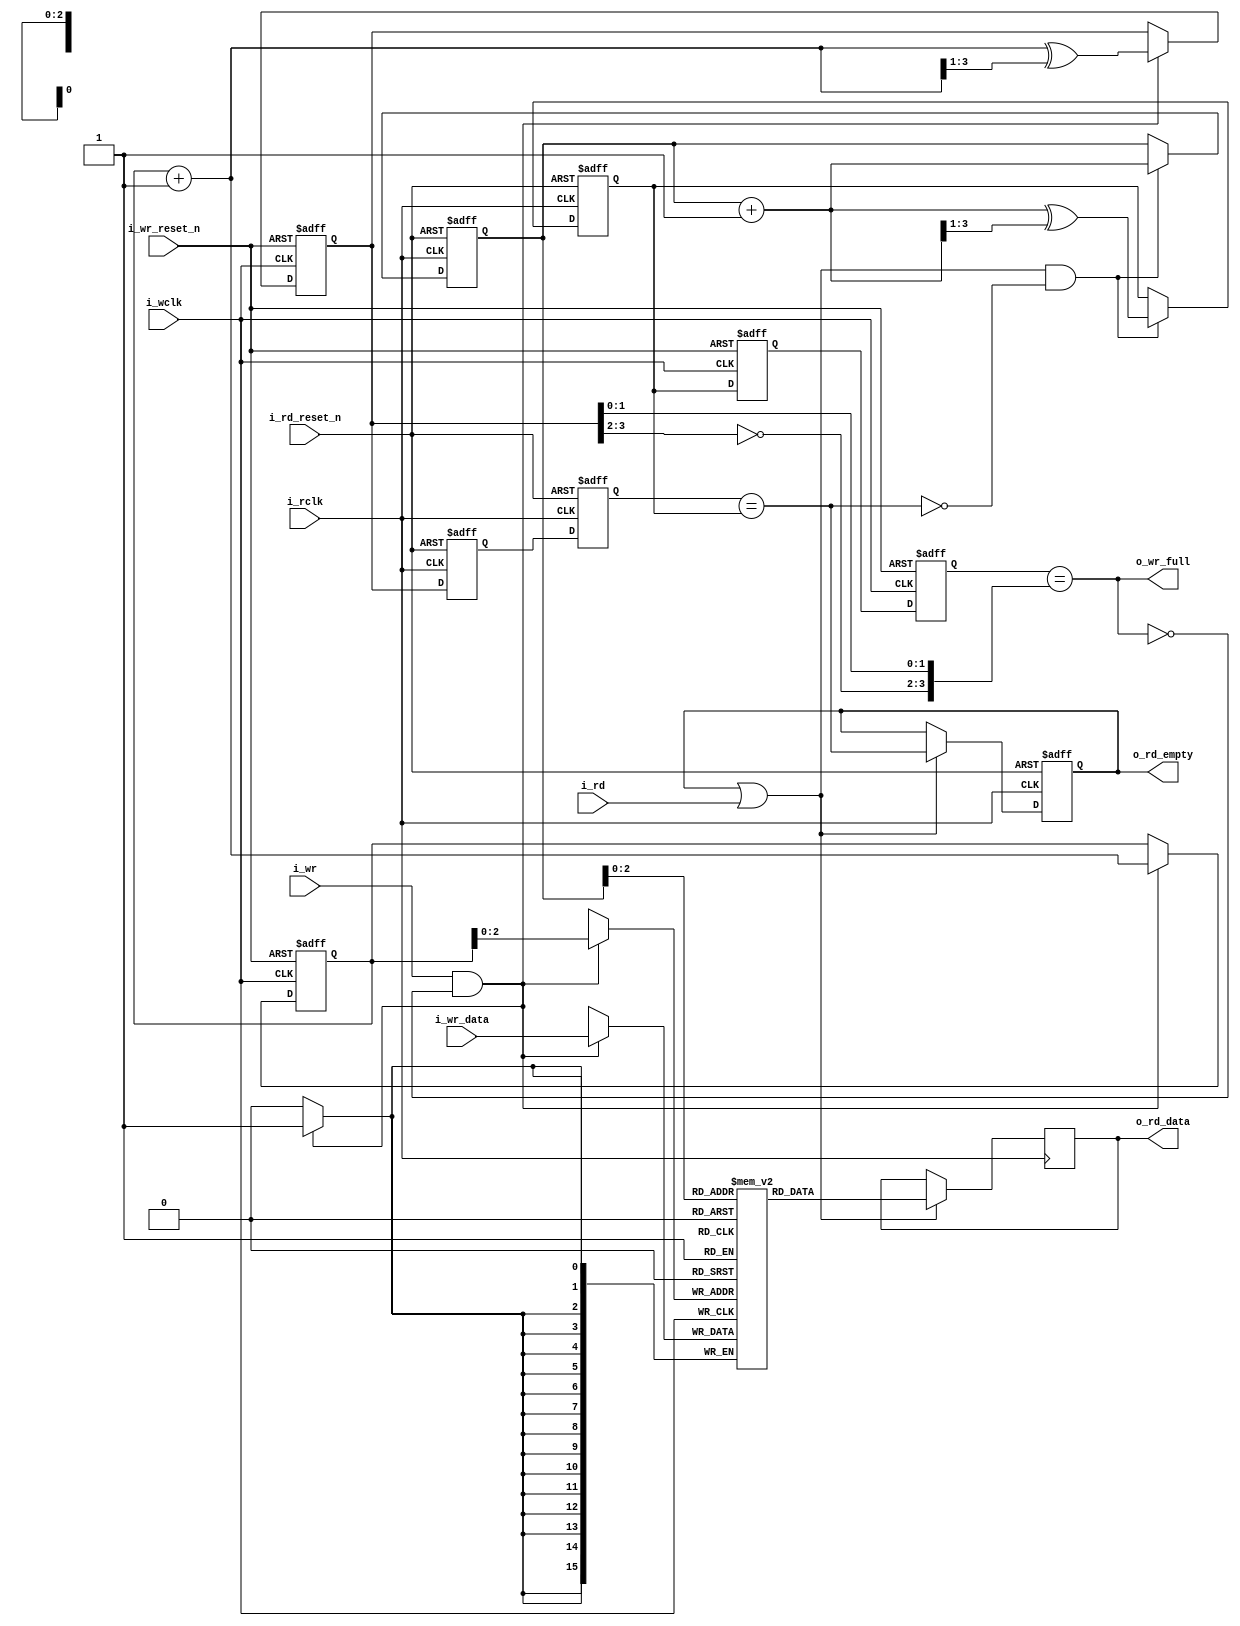
////////////////////////////////////////////////////////////////////////////////
//
// {{{
// Project:	WB2AXIPSP: bus bridges and other odds and ends
//
// Purpose:	A basic asynchronous FIFO.
//
// Creator:	Dan Gisselquist, Ph.D.
//		Gisselquist Technology, LLC
//
////////////////////////////////////////////////////////////////////////////////
// }}}
// Copyright (C) 2019-2024, Gisselquist Technology, LLC
// {{{
// This file is part of the WB2AXIP project.
//
// The WB2AXIP project contains free software and gateware, licensed under the
// Apache License, Version 2.0 (the "License").  You may not use this project,
// or this file, except in compliance with the License.  You may obtain a copy
// of the License at
//
//	http://www.apache.org/licenses/LICENSE-2.0
//
// Unless required by applicable law or agreed to in writing, software
// distributed under the License is distributed on an "AS IS" BASIS, WITHOUT
// WARRANTIES OR CONDITIONS OF ANY KIND, either express or implied.  See the
// License for the specific language governing permissions and limitations
// under the License.
//
////////////////////////////////////////////////////////////////////////////////
//
//
//`default_nettype	none
// }}}
module afifo #(
		// {{{
		// LGFIFO is the log based-two of the number of entries
		//	in the FIFO, log_2(fifo size)
		parameter	LGFIFO = 3,
		//
		// WIDTH is the number of data bits in each entry
		parameter	WIDTH  = 16,
		//
		// NFF is the number of flip flops used to cross clock domains.
		// 2 is a minimum.  Some applications appreciate the better
		parameter	NFF    = 2,
		//
		// This core can either write on the positive edge of the clock
		// or the negative edge.  Set WRITE_ON_POSEDGE (the default)
		// to write on the positive edge of the clock.
		parameter [0:0]	WRITE_ON_POSEDGE = 1'b1,
		//
		// Many  logic elements can read from memory asynchronously.
		// This burdens any following logic.  By setting
		// OPT_REGISTER_READS, we force all reads to be synchronous and
		// not burdened by any logic.  You can spare a clock of latency
		// by clearing this register.
		parameter [0:0]	OPT_REGISTER_READS = 1'b1
`ifdef	FORMAL
		// F_OPT_DATA_STB
		// {{{
		// In the formal proof, F_OPT_DATA_STB includes a series of
		// assumptions associated with a data strobe I/O pin--things
		// like a discontinuous clock--just to make sure the core still
		// works in those circumstances
		, parameter [0:0]	F_OPT_DATA_STB = 1'b1
		// }}}
`endif
		// }}}
	) (
		// {{{
		//
		// The (incoming) write data interface
		input	wire			i_wclk, i_wr_reset_n, i_wr,
		input	wire	[WIDTH-1:0]	i_wr_data,
		output	reg			o_wr_full,
		//
		// The (incoming) write data interface
		input	wire			i_rclk, i_rd_reset_n, i_rd,
		output	reg	[WIDTH-1:0]	o_rd_data,
		output	reg			o_rd_empty
`ifdef	FORMAL
		, output reg	[LGFIFO:0]	f_fill
`endif
		// }}}
	);

	// Register/net declarations
	// {{{
	// MSB = most significant bit of the FIFO address vector.  It's
	// just short-hand for LGFIFO, and won't work any other way.
	localparam	MSB = LGFIFO;
	//
	reg	[WIDTH-1:0]		mem	[(1<<LGFIFO)-1:0];
	reg	[LGFIFO:0]		rd_addr, wr_addr,
					rd_wgray, wr_rgray;
	wire	[LGFIFO:0]		next_rd_addr, next_wr_addr;
	reg	[LGFIFO:0]		rgray, wgray;
	(* ASYNC_REG = "TRUE" *) reg	[(LGFIFO+1)*(NFF-1)-1:0]
					rgray_cross, wgray_cross;
	wire				wclk;
	reg	[WIDTH-1:0]		lcl_rd_data;
	reg				lcl_read, lcl_rd_empty;
	// }}}

	// wclk - Write clock generation
	// {{{
	generate if (WRITE_ON_POSEDGE)
	begin : GEN_POSEDGE_WRITES

		assign	wclk = i_wclk;

	end else begin : GEN_NEGEDGE_WRITES

		assign	wclk = !i_wclk;

	end endgenerate
	// }}}

	////////////////////////////////////////////////////////////////////////
	//
	// Write to and read from memory
	// {{{
	////////////////////////////////////////////////////////////////////////
	//
	//

	// wr_addr, wgray
	// {{{
	assign	next_wr_addr = wr_addr + 1;
	always @(posedge wclk or negedge i_wr_reset_n)
	if (!i_wr_reset_n)
	begin
		wr_addr <= 0;
		wgray   <= 0;
	end else if (i_wr && !o_wr_full)
	begin
		wr_addr <= next_wr_addr;
		wgray   <= next_wr_addr ^ (next_wr_addr >> 1);
	end
	// }}}

	// Write to memory
	// {{{
	always @(posedge wclk)
	if (i_wr && !o_wr_full)
		mem[wr_addr[LGFIFO-1:0]] <= i_wr_data;
	// }}}

	// rd_addr, rgray
	// {{{
	assign	next_rd_addr = rd_addr + 1;
	always @(posedge i_rclk or negedge i_rd_reset_n)
	if (!i_rd_reset_n)
	begin
		rd_addr <= 0;
		rgray   <= 0;
	end else if (lcl_read && !lcl_rd_empty)
	begin
		rd_addr <= next_rd_addr;
		rgray   <= next_rd_addr ^ (next_rd_addr >> 1);
	end
	// }}}

	// Read from memory
	// {{{
	always @(*)
		lcl_rd_data = mem[rd_addr[LGFIFO-1:0]];
	// }}}
	// }}}
	////////////////////////////////////////////////////////////////////////
	//
	// Cross clock domains
	// {{{
	////////////////////////////////////////////////////////////////////////
	//
	//

	// read pointer -> wr_rgray
	// {{{
	always @(posedge wclk or negedge i_wr_reset_n)
	if (!i_wr_reset_n)
		{ wr_rgray, rgray_cross } <= 0;
	else
		{ wr_rgray, rgray_cross } <= { rgray_cross, rgray };
	// }}}

	// write pointer -> rd_wgray
	// {{{
	always @(posedge i_rclk or negedge i_rd_reset_n)
	if (!i_rd_reset_n)
		{ rd_wgray, wgray_cross } <= 0;
	else
		{ rd_wgray, wgray_cross } <= { wgray_cross, wgray };
	// }}}

	// }}}
	////////////////////////////////////////////////////////////////////////
	//
	// Flag generation
	// {{{
	////////////////////////////////////////////////////////////////////////
	//
	//

	always @(*)
		o_wr_full = (wr_rgray == { ~wgray[MSB:MSB-1], wgray[MSB-2:0] });

	always @(*)
		lcl_rd_empty = (rd_wgray == rgray);

	// o_rd_empty, o_rd_data
	// {{{
	generate if (OPT_REGISTER_READS)
	begin : GEN_REGISTERED_READ
		// {{{
		always @(*)
			lcl_read = (o_rd_empty || i_rd);

		always @(posedge i_rclk or negedge i_rd_reset_n)
		if (!i_rd_reset_n)
			o_rd_empty <= 1'b1;
		else if (lcl_read)
			o_rd_empty <= lcl_rd_empty;

		always @(posedge i_rclk)
		if (lcl_read)
			o_rd_data <= lcl_rd_data;
		// }}}
	end else begin : GEN_COMBINATORIAL_FLAGS
		// {{{
		always @(*)
			lcl_read = i_rd;

		always @(*)
			o_rd_empty = lcl_rd_empty;

		always @(*)
			o_rd_data = lcl_rd_data;
		// }}}
	end endgenerate
	// }}}
	// }}}
////////////////////////////////////////////////////////////////////////////////
////////////////////////////////////////////////////////////////////////////////
////////////////////////////////////////////////////////////////////////////////
//
// Formal properties
// {{{
////////////////////////////////////////////////////////////////////////////////
////////////////////////////////////////////////////////////////////////////////
////////////////////////////////////////////////////////////////////////////////
`ifdef	FORMAL
	// Start out with some register/net/macro declarations, f_past_valid,etc
	// {{{
`ifdef	AFIFO
`define	ASSERT	assert
`define	ASSUME	assume
`else
`define	ASSERT	assert
`define	ASSUME	assert
`endif

	(* gclk *)	reg	gbl_clk;
	reg			f_past_valid_gbl, f_past_valid_rd,
				f_rd_in_reset, f_wr_in_reset;
	reg	[WIDTH-1:0]	past_rd_data, past_wr_data;
	reg			past_wr_reset_n, past_rd_reset_n,
				past_rd_empty, past_wclk, past_rclk, past_rd;
	reg	[(LGFIFO+1)*(NFF-1)-1:0]	f_wcross, f_rcross;
	reg	[LGFIFO:0]	f_rd_waddr, f_wr_raddr;
	reg	[LGFIFO:0]	f_rdcross_fill	[NFF-1:0];
	reg	[LGFIFO:0]	f_wrcross_fill	[NFF-1:0];


	initial	f_past_valid_gbl = 1'b0;
	always @(posedge gbl_clk)
		f_past_valid_gbl <= 1'b1;

	initial	f_past_valid_rd = 1'b0;
	always @(posedge i_rclk)
		f_past_valid_rd <= 1'b1;
	// }}}
	////////////////////////////////////////////////////////////////////////
	//
	// Reset checks
	// {{{
	////////////////////////////////////////////////////////////////////////
	//
	//
	initial	f_wr_in_reset = 1'b1;
	always @(posedge wclk or negedge i_wr_reset_n)
	if (!i_wr_reset_n)
		f_wr_in_reset <= 1'b1;
	else
		f_wr_in_reset <= 1'b0;

	initial	f_rd_in_reset = 1'b1;
	always @(posedge i_rclk or negedge i_rd_reset_n)
	if (!i_rd_reset_n)
		f_rd_in_reset <= 1'b1;
	else
		f_rd_in_reset <= 1'b0;

	//
	// Resets are ...
	//	1. Asserted always initially, and ...
	always @(*)
	if (!f_past_valid_gbl)
	begin
		`ASSUME(!i_wr_reset_n);
		`ASSUME(!i_rd_reset_n);
	end

	//	2. They only ever become active together
	always @(*)
	if (past_wr_reset_n && !i_wr_reset_n)
		`ASSUME(!i_rd_reset_n);

	always @(*)
	if (past_rd_reset_n && !i_rd_reset_n)
		`ASSUME(!i_wr_reset_n);

	// }}}
	////////////////////////////////////////////////////////////////////////
	//
	// Synchronous signal assumptions
	// {{{
	////////////////////////////////////////////////////////////////////////
	//
	//

	always @(posedge gbl_clk)
	begin
		past_wr_reset_n <= i_wr_reset_n;
		past_rd_reset_n <= i_rd_reset_n;

		past_wclk  <= wclk;
		past_rclk  <= i_rclk;

		past_rd      <= i_rd;
		past_rd_data <= lcl_rd_data;
		past_wr_data <= i_wr_data;

		past_rd_empty<= lcl_rd_empty;
	end

	//
	// Read side may be assumed to be synchronous
	always @(*)
	if (f_past_valid_gbl && i_rd_reset_n && (past_rclk || !i_rclk))
		// i.e. if (!$rose(i_rclk))
		`ASSUME(i_rd == past_rd);

	always @(*)
	if (f_past_valid_rd && !f_rd_in_reset && !lcl_rd_empty
		&&(past_rclk || !i_rclk))
	begin
		`ASSERT(lcl_rd_data == past_rd_data);
		`ASSERT(lcl_rd_empty == past_rd_empty);
	end


	generate if (F_OPT_DATA_STB)
	begin

		always @(posedge gbl_clk)
			`ASSUME(!o_wr_full);

		always @(posedge gbl_clk)
		if (!i_wr_reset_n)
			`ASSUME(!i_wclk);

		always @(posedge gbl_clk)
			`ASSUME(i_wr == i_wr_reset_n);

		always @(posedge gbl_clk)
		if ($changed(i_wr_reset_n))
			`ASSUME($stable(wclk));

	end endgenerate
	// }}}
	////////////////////////////////////////////////////////////////////////
	//
	// Fill checks
	// {{{
	////////////////////////////////////////////////////////////////////////
	//
	//
	always @(*)
		f_fill = wr_addr - rd_addr;

	always @(*)
	if (!f_wr_in_reset)
		`ASSERT(f_fill <= { 1'b1, {(MSB){1'b0}} });

	always @(*)
	if (wr_addr == rd_addr)
		`ASSERT(lcl_rd_empty);

	always @(*)
	if ((!f_wr_in_reset && !f_rd_in_reset)
			&& wr_addr == { ~rd_addr[MSB], rd_addr[MSB-1:0] })
		`ASSERT(o_wr_full);

	// }}}
	////////////////////////////////////////////////////////////////////////
	//
	// Induction checks
	// {{{
	////////////////////////////////////////////////////////////////////////
	//
	//

	// f_wr_in_reset -- write logic is in its reset state
	// {{{
	always @(*)
	if (f_wr_in_reset)
	begin
		`ASSERT(wr_addr == 0);
		`ASSERT(wgray_cross == 0);

		`ASSERT(rd_addr == 0);
		`ASSERT(rgray_cross == 0);
		`ASSERT(rd_wgray == 0);

		`ASSERT(lcl_rd_empty);
		`ASSERT(!o_wr_full);
	end
	// }}}

	// f_rd_in_reset -- read logic is in its reset state
	// {{{
	always @(*)
	if (f_rd_in_reset)
	begin
		`ASSERT(rd_addr == 0);
		`ASSERT(rgray_cross == 0);
		`ASSERT(rd_wgray == 0);

		`ASSERT(lcl_rd_empty);
	end
	// }}}

	// f_wr_raddr -- a read address to match the gray values
	// {{{
	always @(posedge wclk or negedge i_wr_reset_n)
	if (!i_wr_reset_n)
		{ f_wr_raddr, f_rcross } <= 0;
	else
		{ f_wr_raddr, f_rcross } <= { f_rcross, rd_addr };
	// }}}

	// f_rd_waddr -- a write address to match the gray values
	// {{{
	always @(posedge i_rclk or negedge i_rd_reset_n)
	if (!i_rd_reset_n)
		{ f_rd_waddr, f_wcross } <= 0;
	else
		{ f_rd_waddr, f_wcross } <= { f_wcross, wr_addr };
	// }}}

	integer	k;

	// wgray check
	// {{{
	always @(*)
		`ASSERT((wr_addr ^ (wr_addr >> 1)) == wgray);
	// }}}

	// wgray_cross check
	// {{{
	always @(*)
	for(k=0; k<NFF-1; k=k+1)
		`ASSERT((f_wcross[k*(LGFIFO+1) +: LGFIFO+1]
			^ (f_wcross[k*(LGFIFO+1)+: LGFIFO+1]>>1))
			== wgray_cross[k*(LGFIFO+1) +: LGFIFO+1]);
	// }}}

	// rgray check
	// {{{
	always @(*)
		`ASSERT((rd_addr ^ (rd_addr >> 1)) == rgray);
	// }}}

	// rgray_cross check
	// {{{
	always @(*)
	for(k=0; k<NFF-1; k=k+1)
		`ASSERT((f_rcross[k*(LGFIFO+1) +: LGFIFO+1]
			^ (f_rcross[k*(LGFIFO+1) +: LGFIFO+1]>>1))
			== rgray_cross[k*(LGFIFO+1) +: LGFIFO+1]);
	// }}}

	// wr_rgray
	// {{{
	always @(*)
		`ASSERT((f_wr_raddr ^ (f_wr_raddr >> 1)) == wr_rgray);
	// }}}

	// rd_wgray
	// {{{
	always @(*)
		`ASSERT((f_rd_waddr ^ (f_rd_waddr >> 1)) == rd_wgray);
	// }}}

	// f_rdcross_fill
	// {{{
	always @(*)
	for(k=0; k<NFF-1; k=k+1)
		f_rdcross_fill[k] = f_wcross[k*(LGFIFO+1) +: LGFIFO+1]
				- rd_addr;

	always @(*)
		f_rdcross_fill[NFF-1] = f_rd_waddr - rd_addr;

	always @(*)
	for(k=0; k<NFF; k=k+1)
		`ASSERT(f_rdcross_fill[k] <= { 1'b1, {(LGFIFO){1'b0}} });

	always @(*)
	for(k=1; k<NFF; k=k+1)
		`ASSERT(f_rdcross_fill[k] <= f_rdcross_fill[k-1]);
	always @(*)
		`ASSERT(f_rdcross_fill[0] <= f_fill);
	// }}}

	// f_wrcross_fill
	// {{{
	always @(*)
	for(k=0; k<NFF-1; k=k+1)
		f_wrcross_fill[k] = wr_addr -
			f_rcross[k*(LGFIFO+1) +: LGFIFO+1];

	always @(*)
		f_wrcross_fill[NFF-1] = wr_addr - f_wr_raddr;

	always @(*)
	for(k=0; k<NFF; k=k+1)
		`ASSERT(f_wrcross_fill[k] <= { 1'b1, {(LGFIFO){1'b0}} });

	always @(*)
	for(k=1; k<NFF; k=k+1)
		`ASSERT(f_wrcross_fill[k] >= f_wrcross_fill[k-1]);
	always @(*)
		`ASSERT(f_wrcross_fill[0] >= f_fill);
	// }}}

	// }}}
	////////////////////////////////////////////////////////////////////////
	//
	// Clock generation
	// {{{
	////////////////////////////////////////////////////////////////////////
	//
	//

	// Here's the challenge: if we use $past with any of our clocks, such
	// as to determine stability or any such, the proof takes forever, and
	// we need to guarantee a minimum number of transitions within the
	// depth of the proof.  If, on the other hand, we build our own $past
	// primitives--we can then finish much faster and be successful on
	// any depth of proof.

	// pre_xclk is what the clock will become on the next global clock edge.
	// By using it here, we can check things @(*) instead of
	// @(posedge gbl_clk).  Further, we can check $rose(pre_xclk) (or $fell)
	// and essentially check things @(*) but while using @(global_clk).
	// In other words, we can transition on @(posedge gbl_clk), but stay
	// in sync with the data--rather than being behind by a clock.
	// now_xclk is what the clock is currently.
	//
	(* anyseq *)	reg	pre_wclk, pre_rclk;
			reg	now_wclk, now_rclk;
	always @(posedge gbl_clk)
	begin
		now_wclk <= pre_wclk;
		now_rclk <= pre_rclk;
	end

	always @(*)
	begin
		assume(i_wclk == now_wclk);
		assume(i_rclk == now_rclk);
	end

	always @(posedge gbl_clk)
		assume(i_rclk == $past(pre_rclk));

	// Assume both clocks start idle
	// {{{
	always @(*)
	if (!f_past_valid_gbl)
	begin
		assume(!pre_wclk && !wclk);
		assume(!pre_rclk && !i_rclk);
	end
	// }}}

	// }}}
	////////////////////////////////////////////////////////////////////////
	//
	// Formal contract check --- the twin write test
	// {{{
	////////////////////////////////////////////////////////////////////////
	//
	//

	// Tracking register declarations
	// {{{
			reg	[WIDTH-1:0]	f_first, f_next;
	(* anyconst *)	reg	[LGFIFO:0]	f_addr;
			reg	[LGFIFO:0]	f_next_addr;
	reg			f_first_in_fifo, f_next_in_fifo;
	reg	[LGFIFO:0]	f_to_first, f_to_next;
	reg	[1:0]	f_state;

	always @(*)
		f_next_addr = f_addr + 1;
	// }}}

	// distance_to*, *_in_fifo
	// {{{
	always @(*)
	begin
		f_to_first = f_addr - rd_addr;

		f_first_in_fifo = 1'b1;
		if ((f_to_first >= f_fill)||(f_fill == 0))
			f_first_in_fifo = 1'b0;

		if (mem[f_addr] != f_first)
			f_first_in_fifo = 1'b0;

		//
		// Check the second item
		//

		f_to_next  = f_next_addr - rd_addr;
		f_next_in_fifo = 1'b1;
		if ((f_to_next >= f_fill)||(f_fill == 0))
			f_next_in_fifo = 1'b0;

		if (mem[f_next_addr] != f_next)
			f_next_in_fifo = 1'b0;
	end
	// }}}

	// f_state -- generate our state variable
	// {{{
	initial	f_state = 0;
	always @(posedge gbl_clk)
	if (!i_wr_reset_n)
		f_state <= 0;
	else case(f_state)
	2'b00: if (($rose(pre_wclk))&& i_wr && !o_wr_full &&(wr_addr == f_addr))
		begin
			f_state <= 2'b01;
			f_first <= i_wr_data;
		end
	2'b01: if ($rose(pre_rclk)&& lcl_read && rd_addr == f_addr)
			f_state <= 2'b00;
		else if ($rose(pre_wclk) && i_wr && !o_wr_full )
		begin
			f_state <= 2'b10;
			f_next  <= i_wr_data;
		end
	2'b10: if ($rose(pre_rclk) && lcl_read && !lcl_rd_empty && rd_addr == f_addr)
		f_state <= 2'b11;
	2'b11: if ($rose(pre_rclk) && lcl_read && !lcl_rd_empty && rd_addr == f_next_addr)
		f_state <= 2'b00;
	endcase
	// }}}

	// f_state invariants
	// {{{
	always @(*)
	if (i_wr_reset_n) case(f_state)
	2'b00: begin end
	2'b01: begin
		`ASSERT(f_first_in_fifo);
		`ASSERT(wr_addr == f_next_addr);
		`ASSERT(f_fill >= 1);
		end
	2'b10: begin
		`ASSERT(f_first_in_fifo);
		`ASSERT(f_next_in_fifo);
		if (!lcl_rd_empty && (rd_addr == f_addr))
			`ASSERT(lcl_rd_data == f_first);
		`ASSERT(f_fill >= 2);
		end
	2'b11: begin
		`ASSERT(rd_addr == f_next_addr);
		`ASSERT(f_next_in_fifo);
		`ASSERT(f_fill >= 1);
		if (!lcl_rd_empty)
			`ASSERT(lcl_rd_data == f_next);
		end
	endcase
	// }}}

	generate if (OPT_REGISTER_READS)
	begin
		reg	past_o_rd_empty;

		always @(posedge gbl_clk)
			past_o_rd_empty <= o_rd_empty;

		always @(posedge gbl_clk)
		if (f_past_valid_gbl && i_rd_reset_n)
		begin
			if ($past(!o_rd_empty && !i_rd && i_rd_reset_n))
				`ASSERT($stable(o_rd_data));
		end

		always @(posedge gbl_clk)
		if (!f_rd_in_reset && i_rd_reset_n && i_rclk && !past_rclk)
		begin
			if (past_o_rd_empty)
				`ASSERT(o_rd_data == past_rd_data);
			if (past_rd)
				`ASSERT(o_rd_data == past_rd_data);
		end

	end endgenerate
	// }}}
	////////////////////////////////////////////////////////////////////////
	//
	// Cover checks
	// {{{
	////////////////////////////////////////////////////////////////////////
	//
	//

	// Prove that we can read and write the FIFO
	// {{{
	always @(*)
	if (i_wr_reset_n && i_rd_reset_n)
	begin
		cover(o_rd_empty);
		cover(!o_rd_empty);
		cover(f_state == 2'b01);
		cover(f_state == 2'b10);
		cover(f_state == 2'b11);
		cover(&f_fill[MSB-1:0]);

		cover(i_rd);
		cover(i_rd && !o_rd_empty);
	end
	// }}}

`ifdef	AFIFO
	generate if (!F_OPT_DATA_STB)
	begin : COVER_FULL
		// {{{
		reg	cvr_full;

		initial	cvr_full = 1'b0;
		always @(posedge gbl_clk)
		if (!i_wr_reset_n)
			cvr_full <= 1'b0;
		else if (o_wr_full)
			cvr_full <= 1'b1;


		always @(*)
		if (f_past_valid_gbl && i_wr_reset_n)
		begin
			cover(o_wr_full);
			cover(o_rd_empty && cvr_full);
			cover(o_rd_empty && f_fill == 0 && cvr_full);
		end
		// }}}
	end else begin : COVER_NEARLY_FULL
		// {{{
		reg	cvr_nearly_full;

		initial	cvr_nearly_full = 1'b0;
		always @(posedge gbl_clk)
		if (!i_wr_reset_n)
			cvr_nearly_full <= 1'b0;
		else if (f_fill == { 1'b0, {(LGFIFO){1'b1} }})
			cvr_nearly_full <= 1'b1;


		always @(*)
		if (f_past_valid_gbl && i_wr_reset_n)
		begin
			cover(f_fill == { 1'b0, {(LGFIFO){1'b1} }});
			cover(cvr_nearly_full && i_wr_reset_n);
			cover(o_rd_empty && cvr_nearly_full);
			cover(o_rd_empty && f_fill == 0 && cvr_nearly_full);
		end
		// }}}
	end endgenerate
`endif
	// }}}
`endif
// }}}
endmodule